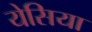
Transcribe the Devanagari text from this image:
येसिया